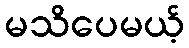
မသိပေမယ့်